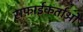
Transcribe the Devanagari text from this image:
सफ़ाईकर्ताओं